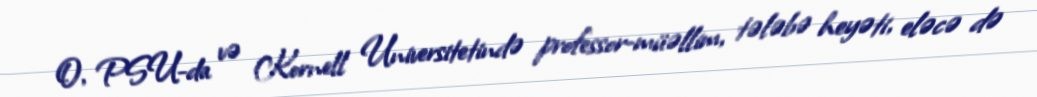
O, PSU-da və Kornell Universitetində professor-müəllim, tələbə heyəti, eləcə də